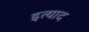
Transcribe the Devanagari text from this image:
इत्याद